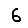
Digit: 6